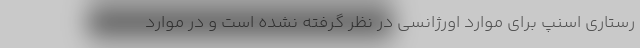
رستاری اسنپ برای موارد اورژانسی در نظر گرفته نشده است و در موارد